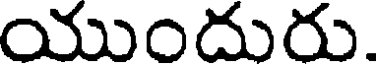
యుందురు.